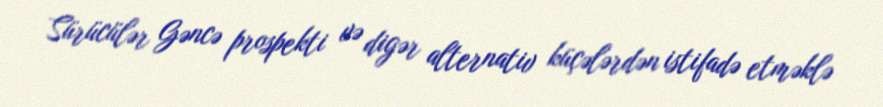
Sürücülər Gəncə prospekti və digər alternativ küçələrdən istifadə etməklə